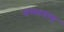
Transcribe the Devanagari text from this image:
जस्सावला